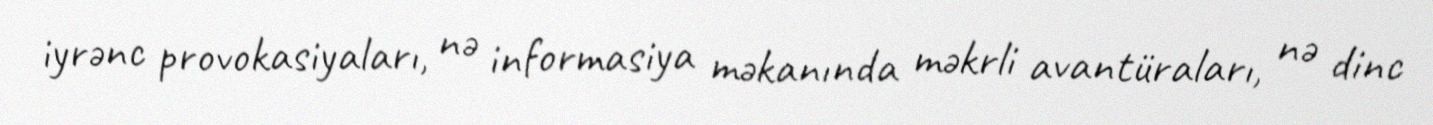
iyrənc provokasiyaları, nə informasiya məkanında məkrli avantüraları, nə dinc